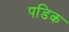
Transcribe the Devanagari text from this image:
पडिक